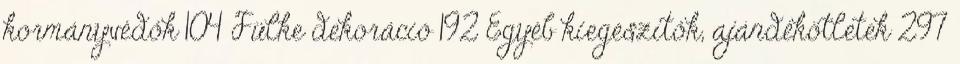
kormányvédők 104 Fülke dekoráció 192 Egyéb kiegészítők, ajándékötletek 297